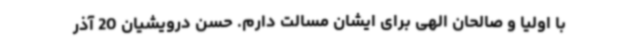
با اولیا و صالحان الهی برای ایشان مسالت دارم. حسن درویشیان 20 آذر